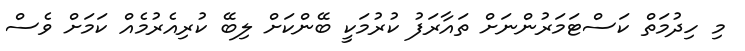
މި ހިދުމަތް ކަސްޓަމަރުންނަށް ތައާރަފު ކުރުމަކީ ބޭންކަށް ލިބޭ ކުރިއެރުމެއް ކަމަށް ވެސް